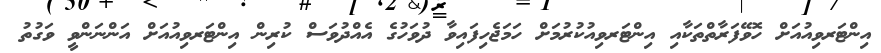
އިންޓަރވިއުއަށް ހޮވޭފަރާތްތަކާއި އިންޓަރވިއުކުރުމަށް ހަމަޖެހިފައިވާ ދުވަހުގެ އެއްދުވަސް ކުރިން އިންޓަރވިއުއަށް އަންނަންވީ ވަގުތު